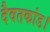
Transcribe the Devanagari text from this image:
दैवतकांड।